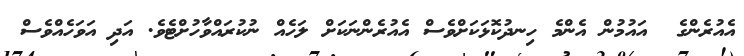
އެއުރެންގެ  އައުމުން އެންމެ ހިނދުކޮޅަކަށްވެސް އެއުރެންނަކަށް ލަހެއް ނުކުރައްވާހުށްޓެވެ. އަދި އަވަހެއްވެސް